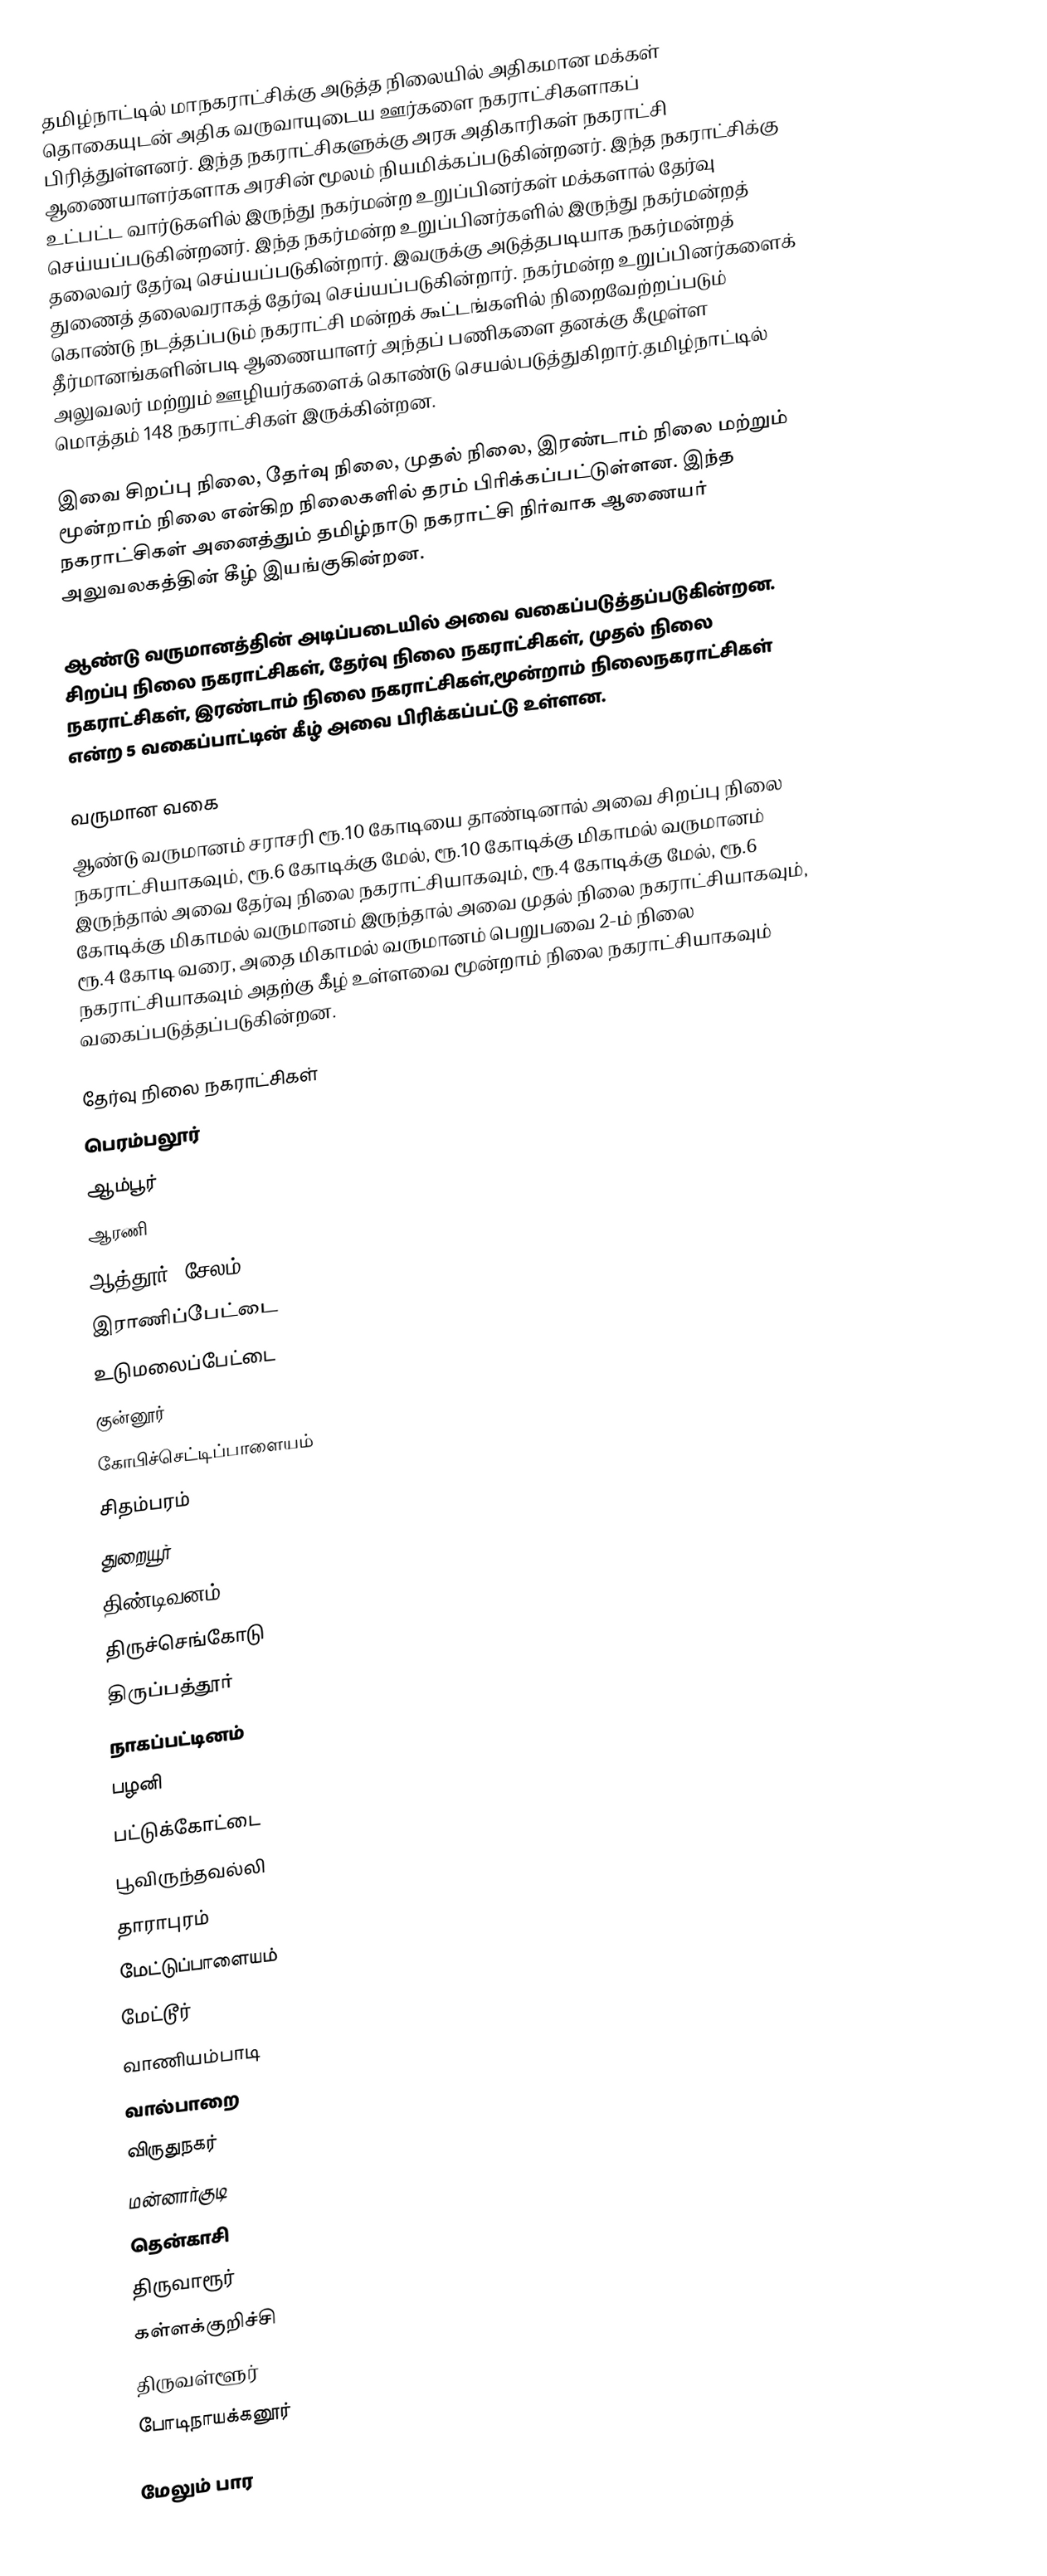
தமிழ்நாட்டில் மாநகராட்சிக்கு அடுத்த நிலையில் அதிகமான மக்கள் தொகையுடன் அதிக வருவாயுடைய ஊர்களை நகராட்சிகளாகப் பிரித்துள்ளனர். இந்த நகராட்சிகளுக்கு அரசு அதிகாரிகள் நகராட்சி ஆணையாளர்களாக அரசின் மூலம் நியமிக்கப்படுகின்றனர். இந்த நகராட்சிக்கு உட்பட்ட வார்டுகளில் இருந்து நகர்மன்ற உறுப்பினர்கள் மக்களால் தேர்வு செய்யப்படுகின்றனர். இந்த நகர்மன்ற உறுப்பினர்களில் இருந்து நகர்மன்றத் தலைவர் தேர்வு செய்யப்படுகின்றார். இவருக்கு அடுத்தபடியாக நகர்மன்றத் துணைத் தலைவராகத் தேர்வு செய்யப்படுகின்றார். நகர்மன்ற உறுப்பினர்களைக் கொண்டு நடத்தப்படும் நகராட்சி மன்றக் கூட்டங்களில் நிறைவேற்றப்படும் தீர்மானங்களின்படி ஆணையாளர் அந்தப் பணிகளை தனக்கு கீழுள்ள அலுவலர் மற்றும் ஊழியர்களைக் கொண்டு செயல்படுத்துகிறார்.தமிழ்நாட்டில் மொத்தம் 148 நகராட்சிகள் இருக்கின்றன.

இவை சிறப்பு நிலை, தேர்வு நிலை, முதல் நிலை, இரண்டாம் நிலை மற்றும் மூன்றாம் நிலை என்கிற நிலைகளில் தரம் பிரிக்கப்பட்டுள்ளன. இந்த நகராட்சிகள் அனைத்தும் தமிழ்நாடு நகராட்சி நிர்வாக ஆணையர் அலுவலகத்தின் கீழ் இயங்குகின்றன.

ஆண்டு வருமானத்தின் அடிப்படையில் அவை வகைப்படுத்தப்படுகின்றன. சிறப்பு நிலை நகராட்சிகள், தேர்வு நிலை நகராட்சிகள், முதல் நிலை நகராட்சிகள், இரண்டாம் நிலை நகராட்சிகள்,மூன்றாம் நிலைநகராட்சிகள் என்ற 5 வகைப்பாட்டின் கீழ் அவை பிரிக்கப்பட்டு உள்ளன.

வருமான வகை
ஆண்டு வருமானம் சராசரி ரூ.10 கோடியை தாண்டினால் அவை சிறப்பு நிலை நகராட்சியாகவும், ரூ.6 கோடிக்கு மேல், ரூ.10 கோடிக்கு மிகாமல் வருமானம் இருந்தால் அவை தேர்வு நிலை நகராட்சியாகவும், ரூ.4 கோடிக்கு மேல், ரூ.6 கோடிக்கு மிகாமல் வருமானம் இருந்தால் அவை முதல் நிலை நகராட்சியாகவும், ரூ.4 கோடி வரை, அதை மிகாமல் வருமானம் பெறுபவை 2-ம் நிலை நகராட்சியாகவும் அதற்கு கீ்ழ் உள்ளவை மூன்றாம் நிலை நகராட்சியாகவும் வகைப்படுத்தப்படுகின்றன.

தேர்வு நிலை நகராட்சிகள்
பெரம்பலூர்
ஆம்பூர்
ஆரணி
ஆத்தூர் (சேலம்)
இராணிப்பேட்டை
உடுமலைப்பேட்டை
குன்னூர்
கோபிச்செட்டிப்பாளையம்
சிதம்பரம்
துறையூர்
திண்டிவனம்
திருச்செங்கோடு
திருப்பத்தூர்
நாகப்பட்டினம்
பழனி
பட்டுக்கோட்டை
பூவிருந்தவல்லி
தாராபுரம்
மேட்டுப்பாளையம்
மேட்டூர்
வாணியம்பாடி
வால்பாறை
விருதுநகர்
மன்னார்குடி
தென்காசி
திருவாரூர்
கள்ளக்குறிச்சி
திருவள்ளூர்
போடிநாயக்கனூர்

மேலும் பார